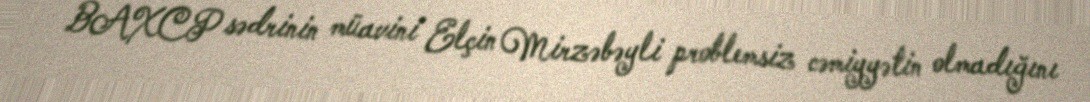
BAXCP sədrinin müavini Elçin Mirzəbəyli problemsiz cəmiyyətin olmadığını